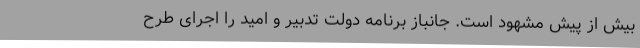
بیش از پیش مشهود است. جانباز برنامه دولت تدبیر و امید را اجرای طرح